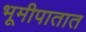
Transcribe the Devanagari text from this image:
भूमीपातात